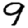
Digit: 9